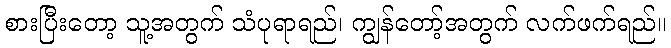
စားပြီးတော့ သူ့အတွက် သံပုရာရည်၊ ကျွန်တော့်အတွက် လက်ဖက်ရည်။